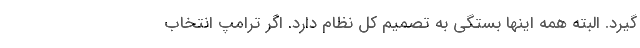
گیرد. البته همه اینها بستگی به تصمیم کل نظام دارد. اگر ترامپ انتخاب